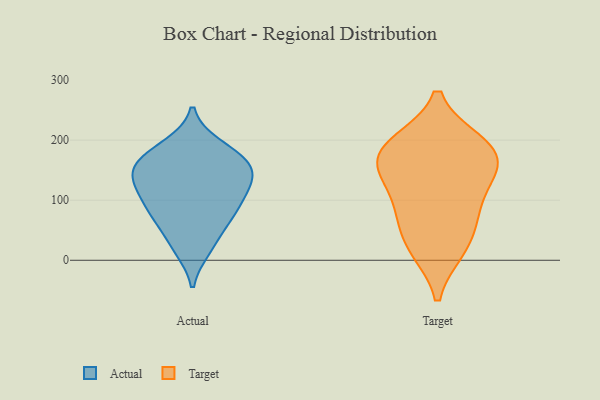
{"axis": {"x": "Operating Costs (USD K)", "y": "Value"}, "legend": ["Actual", "Target"], "data": [{"x": "", "y": 168, "type": "Actual"}, {"x": "", "y": 191, "type": "Actual"}, {"x": "", "y": 141, "type": "Actual"}, {"x": "", "y": 159, "type": "Actual"}, {"x": "", "y": 19, "type": "Actual"}, {"x": "", "y": 70, "type": "Actual"}, {"x": "", "y": 74, "type": "Actual"}, {"x": "", "y": 24, "type": "Actual"}, {"x": "", "y": 157, "type": "Actual"}, {"x": "", "y": 129, "type": "Actual"}, {"x": "", "y": 96, "type": "Actual"}, {"x": "", "y": 103, "type": "Actual"}, {"x": "", "y": 132, "type": "Actual"}, {"x": "", "y": 157, "type": "Actual"}, {"x": "", "y": 67, "type": "Actual"}, {"x": "", "y": 115, "type": "Actual"}, {"x": "", "y": 187, "type": "Actual"}, {"x": "", "y": 196, "type": "Target"}, {"x": "", "y": 61, "type": "Target"}, {"x": "", "y": 139, "type": "Target"}, {"x": "", "y": 94, "type": "Target"}, {"x": "", "y": 151, "type": "Target"}, {"x": "", "y": 169, "type": "Target"}, {"x": "", "y": 153, "type": "Target"}, {"x": "", "y": 196, "type": "Target"}, {"x": "", "y": 190, "type": "Target"}, {"x": "", "y": 82, "type": "Target"}, {"x": "", "y": 18, "type": "Target"}, {"x": "", "y": 18, "type": "Target"}]}